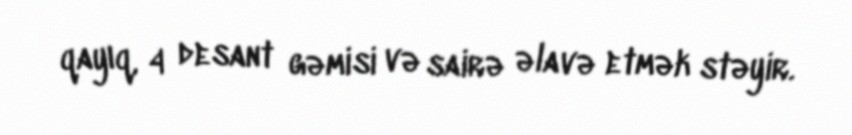
qayıq, 4 desant gəmisi və sairə əlavə etmək stəyir.